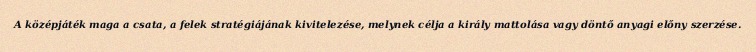
A középjáték maga a csata, a felek stratégiájának kivitelezése, melynek célja a király mattolása vagy döntő anyagi előny szerzése.